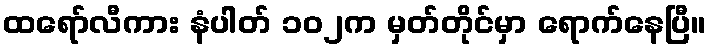
ထရော်လီကား နံပါတ် ၁၀၂က မှတ်တိုင်မှာ ရောက်နေပြီ။